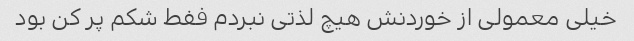
خیلی معمولی از خوردنش هیچ لذتی نبردم ففط شکم پر کن بود